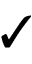
\checkmark